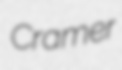
Cramer